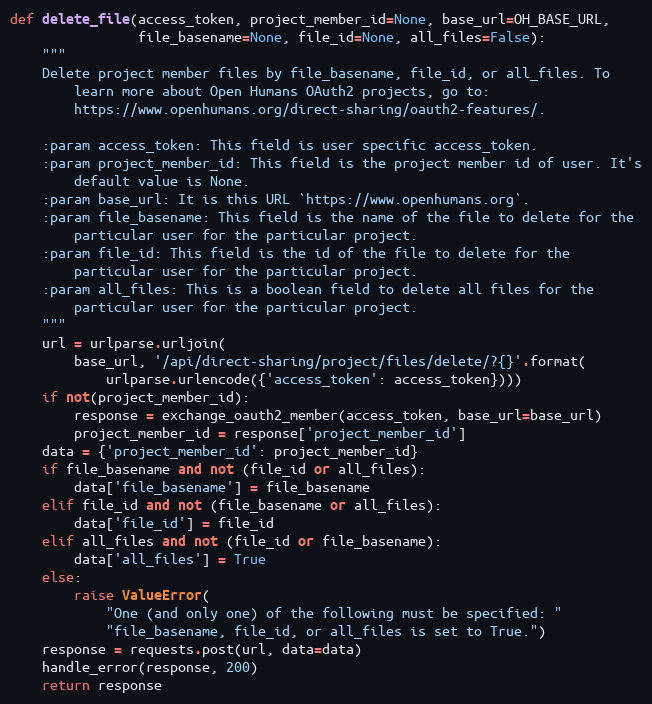
Language: Python
def delete_file(access_token, project_member_id=None, base_url=OH_BASE_URL,
                file_basename=None, file_id=None, all_files=False):
    """
    Delete project member files by file_basename, file_id, or all_files. To
        learn more about Open Humans OAuth2 projects, go to:
        https://www.openhumans.org/direct-sharing/oauth2-features/.

    :param access_token: This field is user specific access_token.
    :param project_member_id: This field is the project member id of user. It's
        default value is None.
    :param base_url: It is this URL `https://www.openhumans.org`.
    :param file_basename: This field is the name of the file to delete for the
        particular user for the particular project.
    :param file_id: This field is the id of the file to delete for the
        particular user for the particular project.
    :param all_files: This is a boolean field to delete all files for the
        particular user for the particular project.
    """
    url = urlparse.urljoin(
        base_url, '/api/direct-sharing/project/files/delete/?{}'.format(
            urlparse.urlencode({'access_token': access_token})))
    if not(project_member_id):
        response = exchange_oauth2_member(access_token, base_url=base_url)
        project_member_id = response['project_member_id']
    data = {'project_member_id': project_member_id}
    if file_basename and not (file_id or all_files):
        data['file_basename'] = file_basename
    elif file_id and not (file_basename or all_files):
        data['file_id'] = file_id
    elif all_files and not (file_id or file_basename):
        data['all_files'] = True
    else:
        raise ValueError(
            "One (and only one) of the following must be specified: "
            "file_basename, file_id, or all_files is set to True.")
    response = requests.post(url, data=data)
    handle_error(response, 200)
    return response